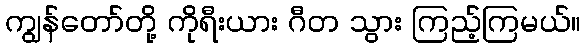
ကျွန်တော်တို့ ကိုရီးယား ဂီတ သွား ကြည့်ကြမယ်။